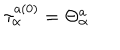
LaTeX: \tau _ { \alpha } ^ { a ( 0 ) } = \Theta _ { \alpha } ^ { a } \nonumber